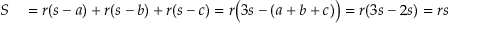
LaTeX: \begin{array} { r l } { S } & { { } = r ( s - a ) + r ( s - b ) + r ( s - c ) = r { \bigl ( } 3 s - ( a + b + c ) { \bigr ) } = r ( 3 s - 2 s ) = r s } \end{array}